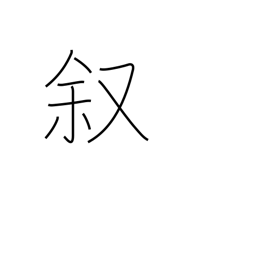
Meaning: narrate